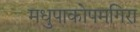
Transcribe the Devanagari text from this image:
मधुपाकोपमगिरा